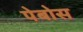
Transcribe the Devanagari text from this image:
पेबोस